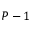
P - 1